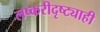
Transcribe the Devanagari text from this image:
लष्करीदृष्ट्याही